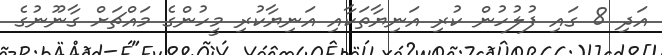
އަދި 8 ގައި ފުލުހުން ކުރި އަނިޔާތަކާއި އަނިޔާކުރި މީހުންގެ މައްޗަށް ގާނޫނުގެ